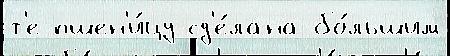
т'е пшен'и́цу сд'е́лана бо́льшим